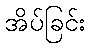
အိပ်ခြင်း